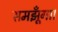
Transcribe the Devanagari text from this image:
समझूँगा।